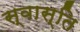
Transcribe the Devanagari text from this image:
स्‍वास्‍ति